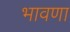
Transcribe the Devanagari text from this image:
भावणा